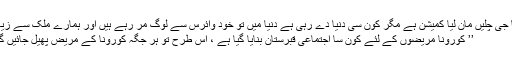
اچھا جی چلیں مان لیا کمیشن ہے مگر کون سی دنیا دے رہی ہے دنیا میں تو خود وائرس سے لوگ مر رہے ہیں اور ہمارے ملک سے زیادہ )
’’ کورونا مریضوں کے لئے کون سا اجتماعی قبرستان بنایا گیا ہے ، اس طرح تو ہر جگہ کورونا کے مریض پھیل جائیں گے ۔